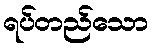
ရပ်တည်သော